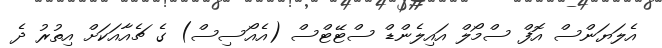
އެލަޔަންސް އޮފް ސްމޯލް އައިލެންޑް ސްޓޭޓްސް (އެއޯސިސް) ގެ ޗެއާއަކަށް އިތުރު ދެ